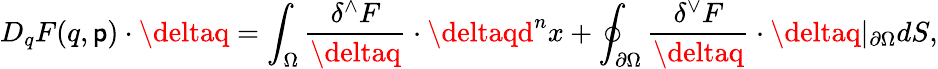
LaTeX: D_{q}F(q,\mathsf{p})\cdot\deltaq=\int_{{\Omega}}{\frac{{\delta^{\wedge}F}}{{\deltaq}}}\cdot\deltaqd^{n}x+\oint_{\partial{\Omega}}{\frac{{\delta^{\vee}F}}{{\deltaq}}}\cdot\deltaq\vert_{\partial{\Omega}}dS,